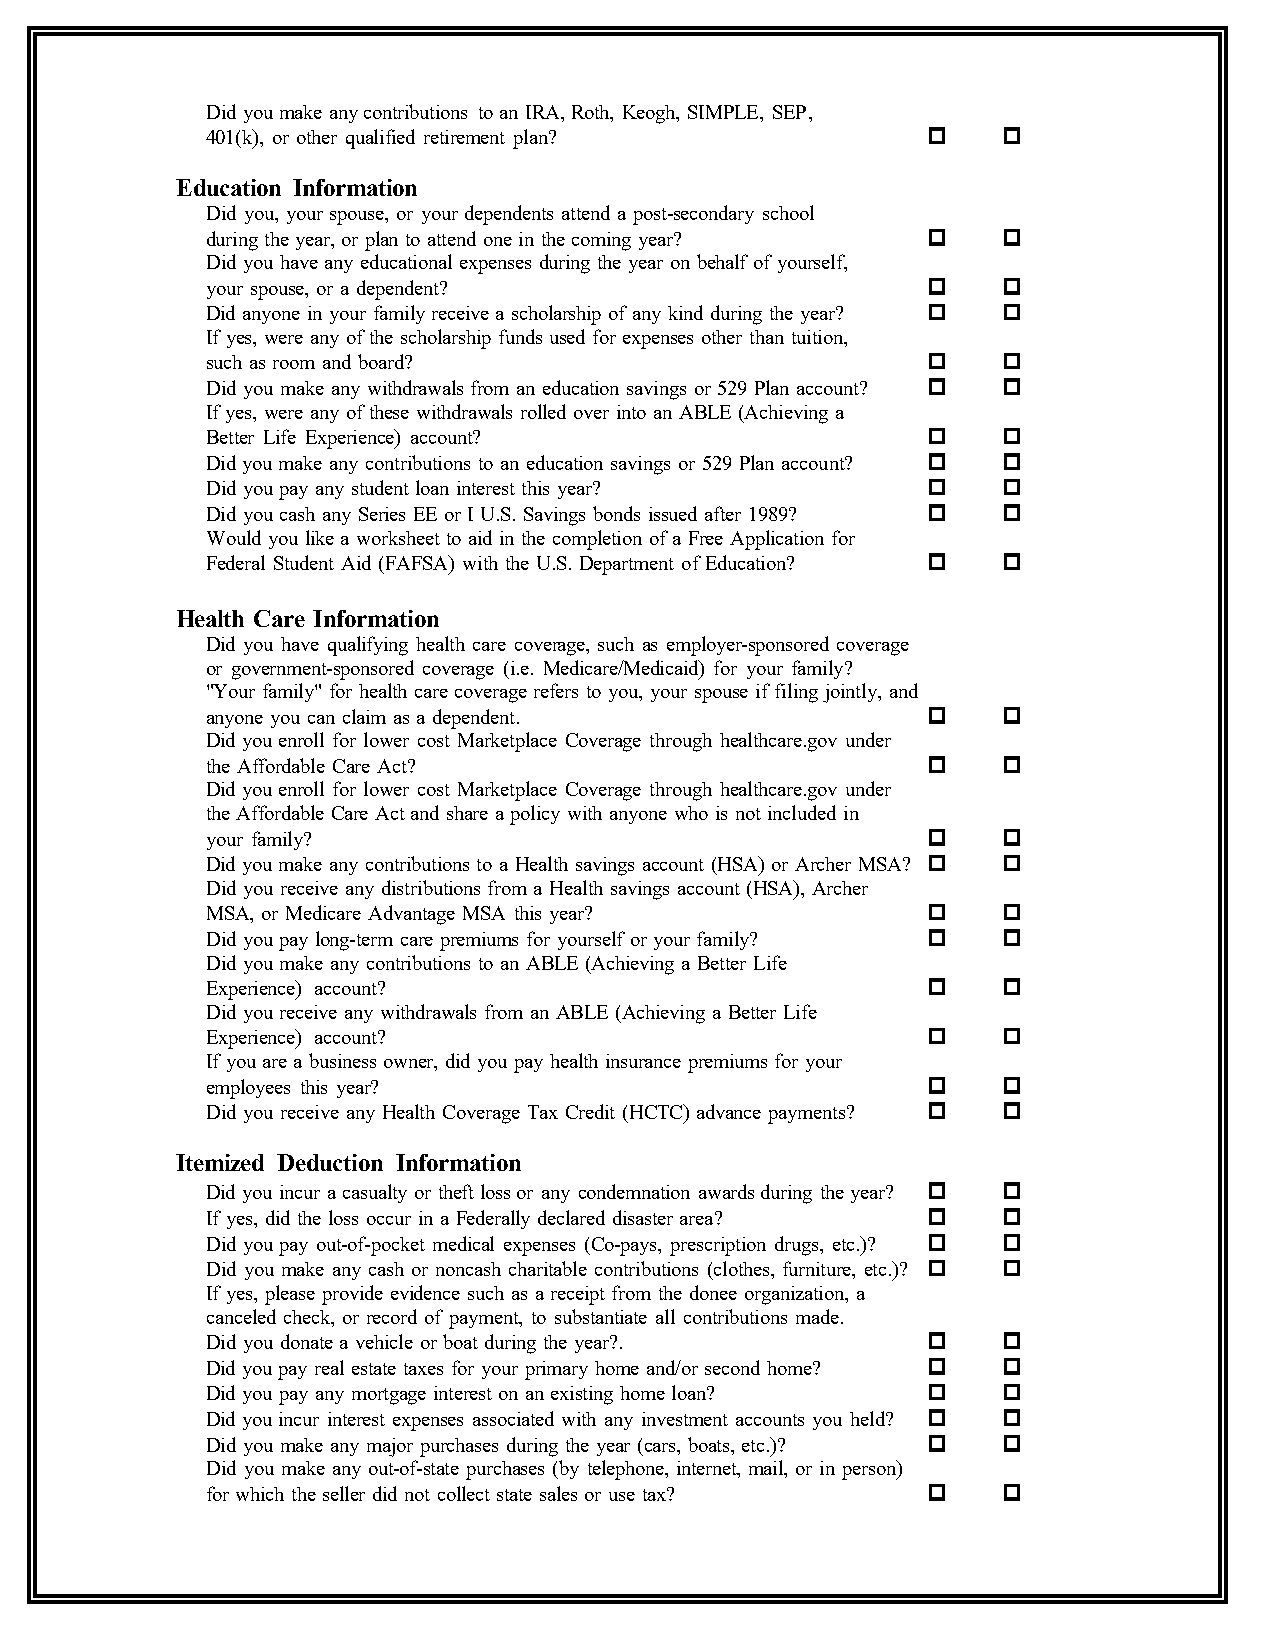
Did you make any contributions to an IRA, Roth, Keogh, SIMPLE, SEP,
 401(k), or other qualified retirement plan?
 Education Information
 Did you, your spouse, or your dependents attend a post-secondary school
 during the year, or plan to attend one in the coming year?
 Did you have any educational expenses during the year on behalf of yourself,
 your spouse, or a dependent?
 Did anyone in your family receive a scholarship of any kind during the year?
 If yes, were any of the scholarship funds used for expenses other than tuition,
 such as room and board?
 Did you make any withdrawals from an education savings or 529 Plan account?
 If yes, were any of these withdrawals rolled over into an ABLE (Achieving a
 Better Life Experience) account?
 Did you make any contributions to an education savings or 529 Plan account?
 Did you pay any student loan interest this year?
 Did you cash any Series EE or I U.S. Savings bonds issued after 1989?
 Would you like a worksheet to aid in the completion of a Free Application for
 Federal Student Aid (FAFSA) with the U.S. Department of Education?
 Health Care Information
 Did you have qualifying health care coverage, such as employer-sponsored coverage
 or government-sponsored coverage (i.e. Medicare/Medicaid) for your family?
 "Your family" for health care coverage refers to you, your spouse if filing jointly, and
 anyone you can claim as a dependent.
 Did you enroll for lower cost Marketplace Coverage through healthcare.gov under
 the Affordable Care Act?
 Did you enroll for lower cost Marketplace Coverage through healthcare.gov under
 the Affordable Care Act and share a policy with anyone who is not included in
 your family?
 Did you make any contributions to a Health savings account (HSA) or Archer MSA?
 Did you receive any distributions from a Health savings account (HSA), Archer
 MSA, or Medicare Advantage MSA this year?
 Did you pay long-term care premiums for yourself or your family?
 Did you make any contributions to an ABLE (Achieving a Better Life
 Experience) account?
 Did you receive any withdrawals from an ABLE (Achieving a Better Life
 Experience) account?
 If you are a business owner, did you pay health insurance premiums for your
 employees this year?
 Did you receive any Health Coverage Tax Credit (HCTC) advance payments?
 Itemized Deduction Information
 Did you incur a casualty or theft loss or any condemnation awards during theyear?
 If yes, did the loss occur in a Federally declared disaster area?
 Did you pay out-of-pocket medical expenses (Co-pays, prescription drugs, etc.)?
 Did you make any cash or noncash charitable contributions (clothes, furniture, etc.)?
 If yes, please provide evidence such as a receipt from the donee organization, a
 canceled check, or record of payment, to substantiate all contributions made.
 Did you donate a vehicle or boat during the year?.
 Didyoupay real estate taxes for your primary home and/or second home?
 Did you pay any mortgage interest on an existing home loan?
 Did youincur interest expenses associated with any investment accounts you held?
 Did you make any major purchases during the year (cars, boats, etc.)?
 Did you make any out-of-state purchases (by telephone, internet, mail, or in person)
 for which the seller did not collect state sales or use tax?